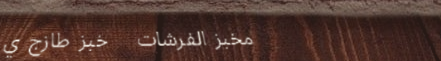
مخبز الفرشات   خبز طازج ي